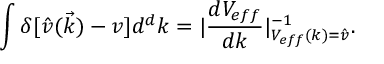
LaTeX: \int \delta [ \hat { v } ( \vec { k } ) - v ] d ^ { d } k = | \frac { d V _ { e f f } } { d k } | _ { V _ { e f f } ( k ) = \hat { v } } ^ { - 1 } .